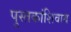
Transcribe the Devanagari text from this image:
पुस्तकांशिवाय